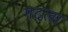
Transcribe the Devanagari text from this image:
गदला